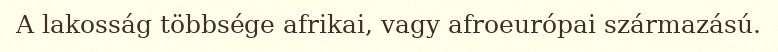
A lakosság többsége afrikai, vagy afroeurópai származású.